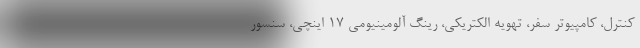
کنترل، کامپیوتر سفر، تهویه الکتریکی، رینگ آلومینیومی ۱۷ اینچی، سنسور